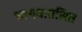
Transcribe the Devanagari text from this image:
भागवताश्रित